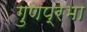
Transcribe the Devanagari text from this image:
गुणप्रभा